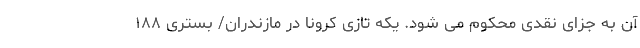
آن به جزای نقدی محکوم می شود. یکه تازی کرونا در مازندران/ بستری ۱۸۸